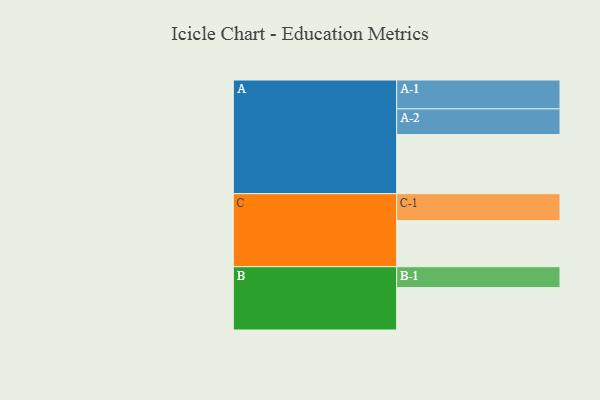
{"axis": {"x": "Segment", "y": "Value"}, "legend": ["", "A", "B", "C"], "data": [{"x": "A", "y": 522, "type": ""}, {"x": "B", "y": 374, "type": ""}, {"x": "C", "y": 407, "type": ""}, {"x": "A-1", "y": 255, "type": "A"}, {"x": "A-2", "y": 227, "type": "A"}, {"x": "B-1", "y": 185, "type": "B"}, {"x": "C-1", "y": 238, "type": "C"}]}